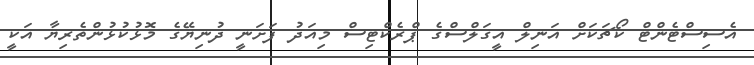
އެސިސްޓެންޓް ކޯޗަކަށް އަނިލް އީގަލްސްގެ ޕްރެކްޓިސް މިއަދު ފަށަނީ ދުނިޔޭގެ މޮޅުކުޅުންތެރިޔާ އަކީ